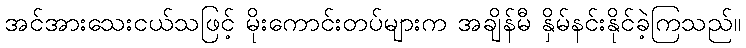
အင်အားသေးငယ်သဖြင့် မိုးကောင်းတပ်များက အချိန်မီ နှိမ်နင်းနိုင်ခဲ့ကြသည်။